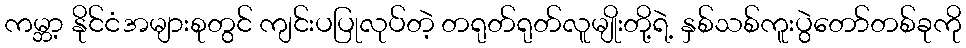
ကမ္ဘာ့ နိုင်ငံအများစုတွင် ကျင်းပပြုလုပ်တဲ့ တရုတ်ရုတ်လူမျိုးတို့ရဲ့ နှစ်သစ်ကူးပွဲတော်တစ်ခုကို